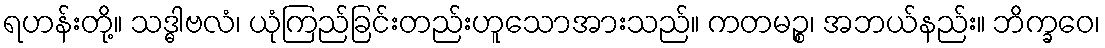
ရဟန်းတို့။ သဒ္ဓါဗလံ၊ ယုံကြည်ခြင်းတည်းဟူသောအားသည်။ ကတမဉ္စ၊ အဘယ်နည်း။ ဘိက္ခဝေ၊